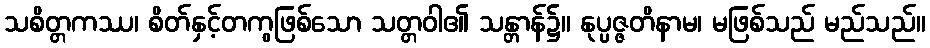
သစိတ္တကဿ၊ စိတ်နှင့်တကွဖြစ်သော သတ္တဝါ၏ သန္တာန်၌။ နုပ္ပဇ္ဇတိနာမ၊ မဖြစ်သည် မည်သည်။